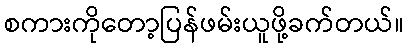
စကားကိုတော့ပြန်ဖမ်းယူဖို့ခက်တယ်။